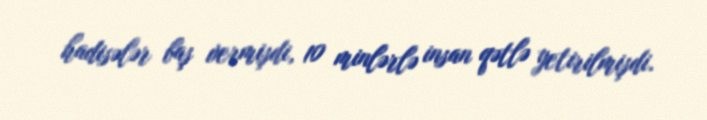
hadisələr baş vermişdi, 10 minlərlə insan qətlə yetirilmişdi.